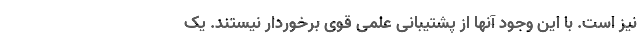
نیز است. با این وجود آنها از پشتیبانی علمی قوی برخوردار نیستند. یک